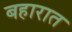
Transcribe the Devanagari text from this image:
बहारात